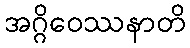
အဂ္ဂိဝေဿနာတိ